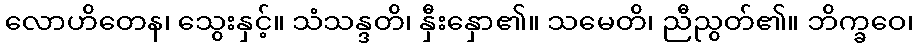
လောဟိတေန၊ သွေးနှင့်။ သံသန္ဒတိ၊ နှီးနှော၏။ သမေတိ၊ ညီညွတ်၏။ ဘိက္ခဝေ၊